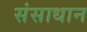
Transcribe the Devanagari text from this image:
संसाधान